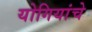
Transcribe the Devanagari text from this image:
योगियांचे